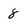
Character: 8